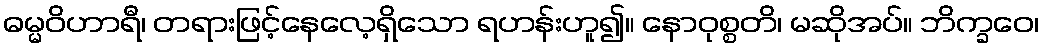
ဓမ္မဝိဟာရီ၊ တရားဖြင့်နေလေ့ရှိသော ရဟန်းဟူ၍။ နောဝုစ္စတိ၊ မဆိုအပ်။ ဘိက္ခဝေ၊